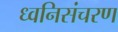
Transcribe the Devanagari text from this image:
ध्वनिसंचरण